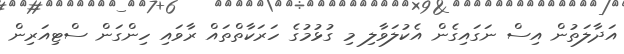
އަދާލަތުން އިސް ނަގައިގެން އެކުލަވާލި މި ގުޅުމުގެ ހަރަކާތްތައް ރާވައި ހިންގަން ސްޓިއަރިން